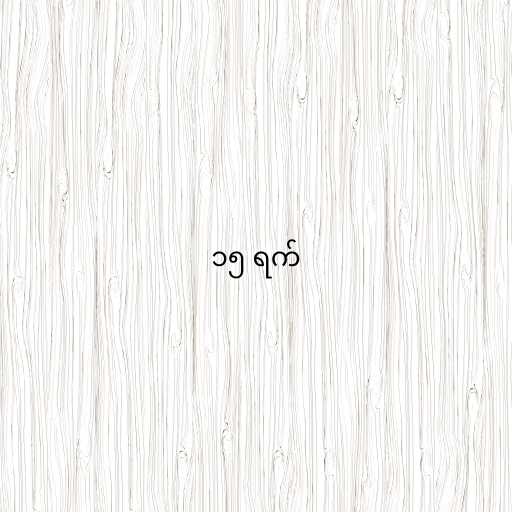
၁၅ ရက်